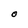
Character: O